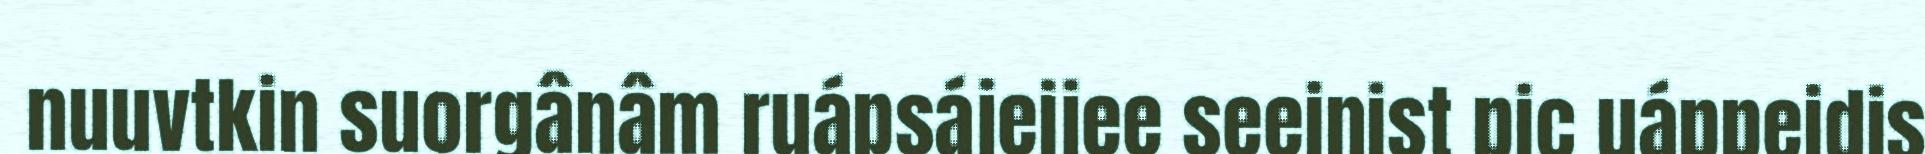
nuuvtkin suorgânâm ruápsájeijee seeinist pic uáppeidis